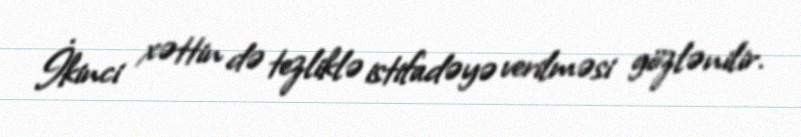
İkinci xəttin də tezliklə istifadəyə verilməsi gözlənilir.